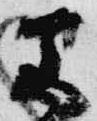
若